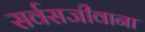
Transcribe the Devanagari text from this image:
सर्वसजीवाना